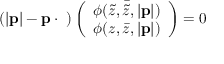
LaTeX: ( | { \bf p } | - { \bf p } \cdot { \bf \sigma } ) \left( \begin{array} { c } { { \phi ( \tilde { z } , \bar { \tilde { z } } , | { \bf p } | ) } } \\ { { \phi ( z , \bar { z } , | { \bf p } | ) } } \end{array} \right) = 0